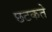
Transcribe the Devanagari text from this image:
छटकते